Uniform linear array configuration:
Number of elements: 12
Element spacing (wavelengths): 1
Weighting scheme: hamming
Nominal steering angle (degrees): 60
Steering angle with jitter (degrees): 58.353
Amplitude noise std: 0.05
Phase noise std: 0.05

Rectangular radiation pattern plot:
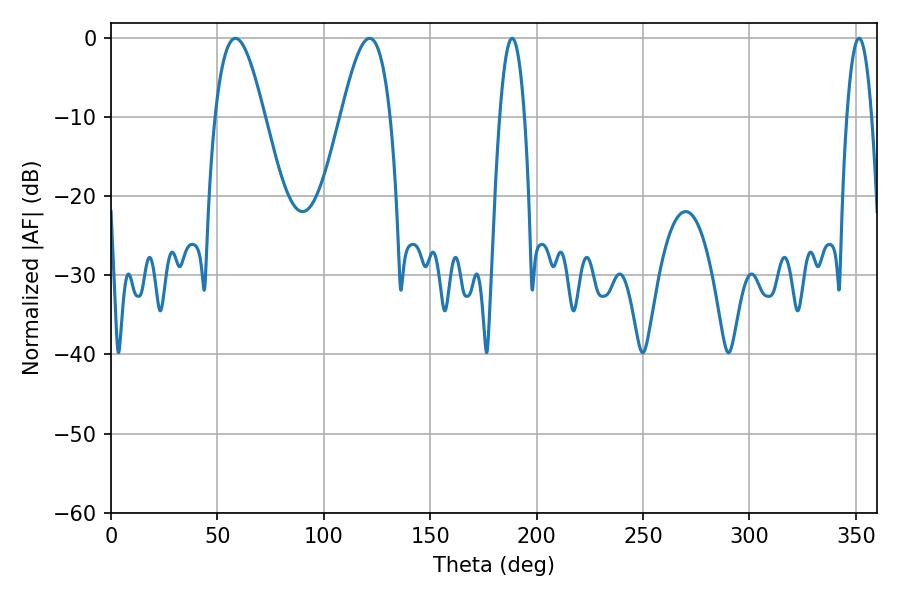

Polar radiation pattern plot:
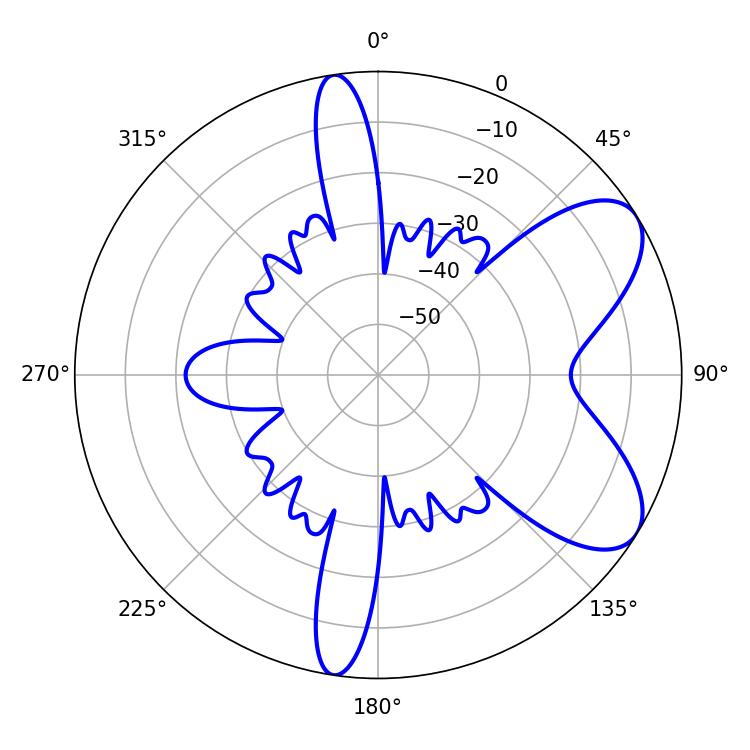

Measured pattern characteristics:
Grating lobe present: TRUE
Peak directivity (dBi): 7.245
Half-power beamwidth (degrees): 12.42
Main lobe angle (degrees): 58.5